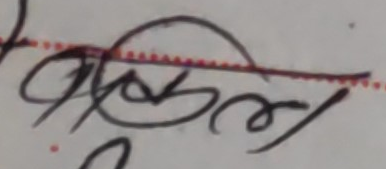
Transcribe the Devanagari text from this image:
प्रभौल